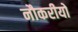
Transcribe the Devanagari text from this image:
नौकरीयो